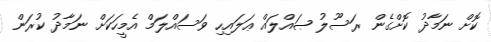
ކޮށް ނަމާދު ކޮށްގެން ރަސޫލު ޞައްލައް ޢަލައިހި ވަސައްލަމް އެމީހަކަށް ނަމާދު ކުރަން